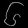
Digit: ၆